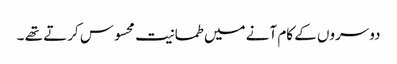
دوسروں کے کام آنے میں طمانیت محسوس کرتے تھے ۔